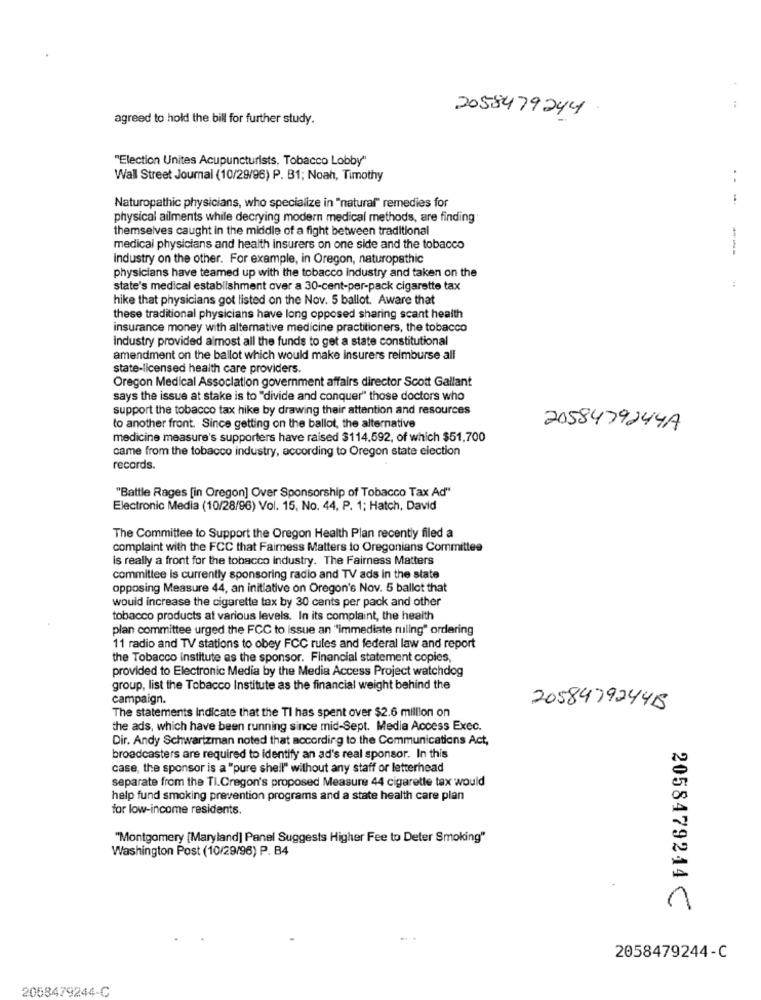
agreed to hold the bill for further study.
2058479244
"Election Unites Acupuncturists, Tobacco Lobby"
Wall Street Journal (10/29/96) P. B1; Noah, Timothy
Naturopathic physicians, who specialize in "natural" remedies for
physical ailments while decrying modern medical methods, are finding
themselves caught in the middle of a fight between traditional
medical physicians and health insurers on one side and the tobacco
---
Industry on the other. For example, in Oregon, naturopathic
physicians have teamed up with the tobacco industry and taken on the
state's medical establishment over a 30-cent-per-pack cigarette tax
hike that physicians got listed on the Nov. 5 ballot. Aware that
these traditional physicians have long opposed sharing scant health
insurance money with alternative medicine practitioners, the tobacco
industry provided almost all the funds to get a state constitutional
amendment on the ballot which would make insurers reimburse all
state-licensed health care providers.
Oregon Medical Association government affairs director Scott Gallant
says the issue at stake is to "divide and conquer" those doctors who
support the tobacco tax hike by drawing their attention and resources
to another front. Since getting on the ballot, the alternative
2058479244A
medicine measure's supporters have raised $114,592, of which $51,700
came from the tobacco industry, according to Oregon state election
records.
"Battle Rages [in Oregon] Over Sponsorship of Tobacco Tax Ad"
Electronic Media (10/28/96) Vol. 15, No. 44, P. 1; Hatch, David
The Committee to Support the Oregon Health Plan recently filed a
complaint with the FCC that Fairness Matters to Oregonians Committee
is really a front for the tobacco Industry. The Fairness Matters
committee is currently sponsoring radio and TV ads in the state
opposing Measure 44, an initiative on Oregon's Nov. 5 ballot that
would increase the cigarette tax by 30 cents per pack and other
tobacco products at various levels. In its complaint, the health
plan committee urged the FCC to issue an "immediate ruling" ordering
11 radio and TV stations to obey FCC rules and federal law and report
the Tobacco institute as the sponsor. Financial statement copies,
provided to Electronic Media by the Media Access Project watchdog
group, list the Tobacco Institute as the financial weight behind the
campaign.
The statements Indicate that the TI has spent over $2.6 million on
205847924415
the ads, which have been running since mid-Sept. Media Access Exec.
Dir. Andy Schwartzman noted that according to the Communications Act,
broadcasters are required to identify an ad's real sponsor. In this
case, the sponsor is a "pure shell" without any staff or letterhead
separate from the Ti.Cregon's proposed Measure 44 cigarette tax would
help fund smoking prevention programs and a state health care plan
for low-income residents.
"Montgomery [Maryland] Panel Suggests Higher Fee to Deter Smoking"
Washington Post (10/29/96) P. B4
2058479244 ℃
2058479244-C
2058479244-C